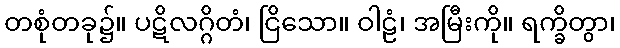
တစုံတခု၌။ ပဋိလဂ္ဂိတံ၊ ငြိသော။ ဝါဠံ၊ အမြီးကို။ ရက္ခိတွာ၊